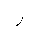
Letter: _ra